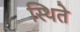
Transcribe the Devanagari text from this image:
स्थिते